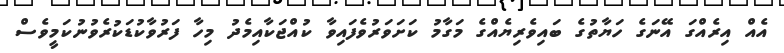
އެއް އިރެއްގަ އޭނަގެ ހަޔާތުގެ ބައިވެރިޔެއްގެ މަގާމު ކަށަވަރުވެފައިވާ ކުއްޖަކާއިމެދު މިހާ ފަރުވާކުޑަކުރެވުނުކަމީވެސް